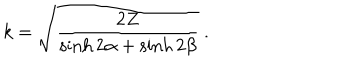
k = \sqrt { \frac { 2 Z } { \sinh 2 \alpha + \sinh 2 \beta } } \ .